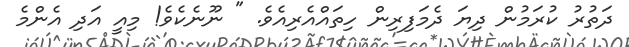
ދަތުރު ކުރަމުން ދިޔަ ދެމަފިރިން ހިތައްއެރިއެވެ. " ނޫނެކެވެ! މިއީ އަދި އެންމެ